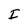
Character: I